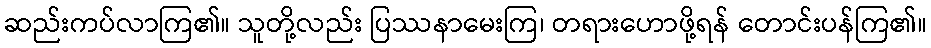
ဆည်းကပ်လာကြ၏။ သူတို့လည်း ပြဿနာမေးကြ၊ တရားဟောဖို့ရန် တောင်းပန်ကြ၏။